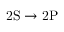
\mathrm { 2 S \rightarrow 2 P }